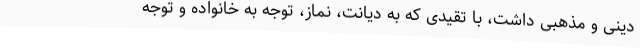
دینی و مذهبی داشت، با تقیدی که به دیانت، نماز، توجه به خانواده و توجه